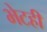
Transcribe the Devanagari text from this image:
भेटही